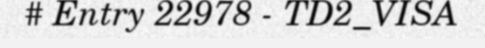
# Entry 22978 - TD2_VISA